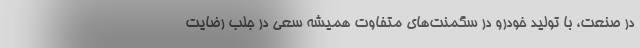
در صنعت، با تولید خودرو در سگمنت‌های متفاوت همیشه سعی در جلب رضایت